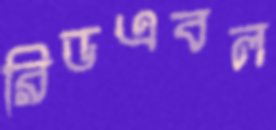
রিডএবল